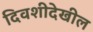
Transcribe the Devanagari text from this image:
दिवशीदेखील